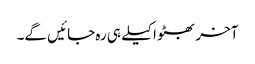
آخر بھٹو اکیلے ہی رہ جائیں گے۔